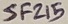
Text: SF215